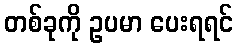
တစ်ခုကို ဥပမာ ပေးရရင်